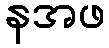
နအဖ